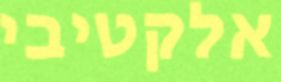
אלקטיבי